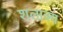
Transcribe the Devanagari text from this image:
शलाक्य